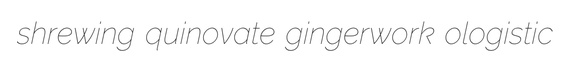
shrewing quinovate gingerwork ologistic